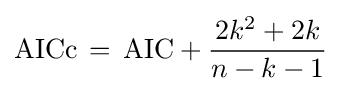
\mathrm {AICc} \,=\,\mathrm {AIC} +{\frac {2k^{2}+2k}{n-k-1}}